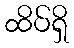
ထိပ်ရှိ